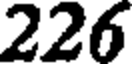
226